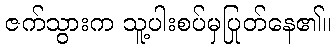
ဇက်သွားက သူ့ပါးစပ်မှပြုတ်နေ၏။